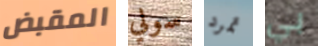
المقبض سولي تمرد بي